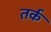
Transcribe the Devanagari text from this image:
तर्क